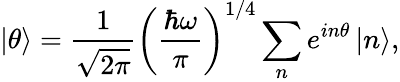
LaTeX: \left|\theta\right\rangle=\frac{1}{\sqrt{2\pi}}\left(\frac{\hbar\omega}{\pi}\right)^{1/4}\sum_{n}e^{in\theta}\left|n\right\rangle,